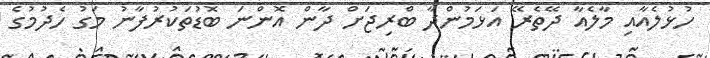
ހުޅުލެއާއި މާލެއާ ދޭތެރޭ އަޅަމުންދާ ބްރިޖަށް ދާން އޮންނަ ބޮޑުތަކުރުފާނު މަގު ހެދުމުގެ